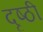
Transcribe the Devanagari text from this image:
दृष्ठी